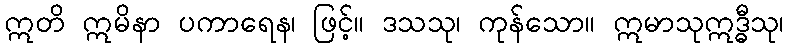
ဣတိ ဣမိနာ ပကာရေန၊ ဖြင့်။ ဒသသု၊ ကုန်သော။ ဣမာသုဣဒ္ဓီသု၊